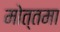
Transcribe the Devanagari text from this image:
मोत्तमा